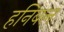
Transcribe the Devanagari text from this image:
हनिबल